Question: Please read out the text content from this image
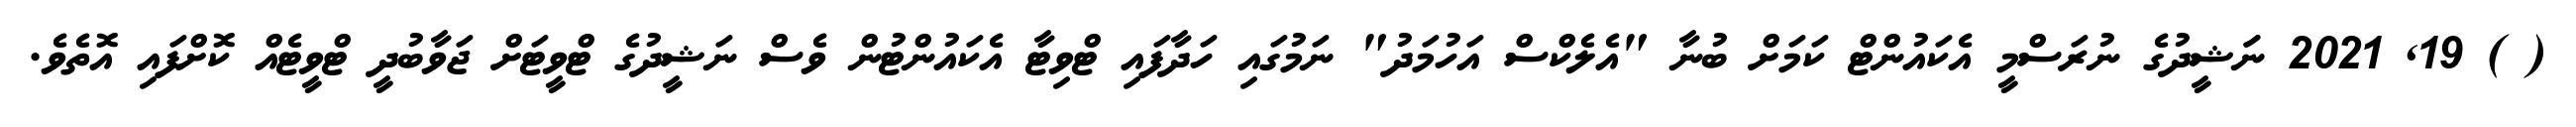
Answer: ( ) 19, 2021 ނަަޝީދުގެ ނުރަސްމީ އެކައުންޓް ކަމަށް ބުނާ "އެލެކްސް އަހުމަދު" ނަމުގައި ހަދާފައި ޓްވިޓާ އެކައުންޓުން ވެސް ނަޝީދުގެ ޓްވީޓަށް ޖަވާބުދީ ޓްވީޓެއް ކޮށްފައި އޮތެވެ.